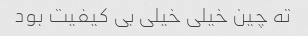
ته چین خیلی خیلی بی کیفیت بود